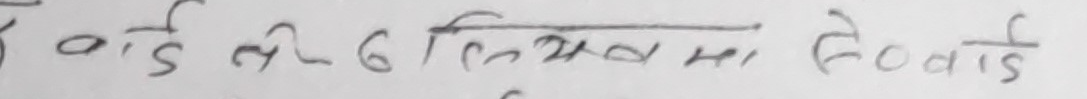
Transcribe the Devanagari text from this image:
दे०र्ड ती ६ दिसम्भरमा हेडवार्ड